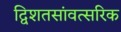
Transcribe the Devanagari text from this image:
द्विशतसांवत्सरिक